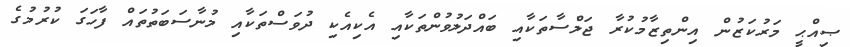
ޞިއްޙީ މަރުކަޒުން އިންތިޒާމުކުރާ ޖަލްސާތަކާއި ބައްދަލުވުންތަކާއި އެކިއެކި ދުވަސްތަކާއި މުނާސަބަތުތައް ފާހަގަ ކުރުމުގެ